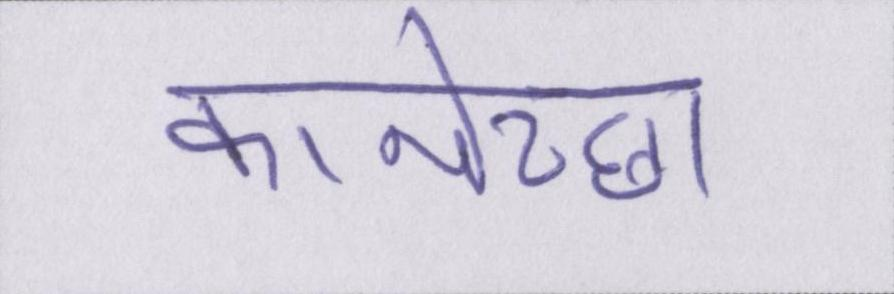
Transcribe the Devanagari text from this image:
कामेच्छा